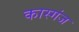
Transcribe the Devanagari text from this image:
कास्गंज